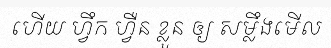
ហើយ ហ្វឹក ហ្វឺន ខ្លួន ឲ្យ សម្លឹងមើល